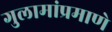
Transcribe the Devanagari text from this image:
गुलामांप्रमाणे